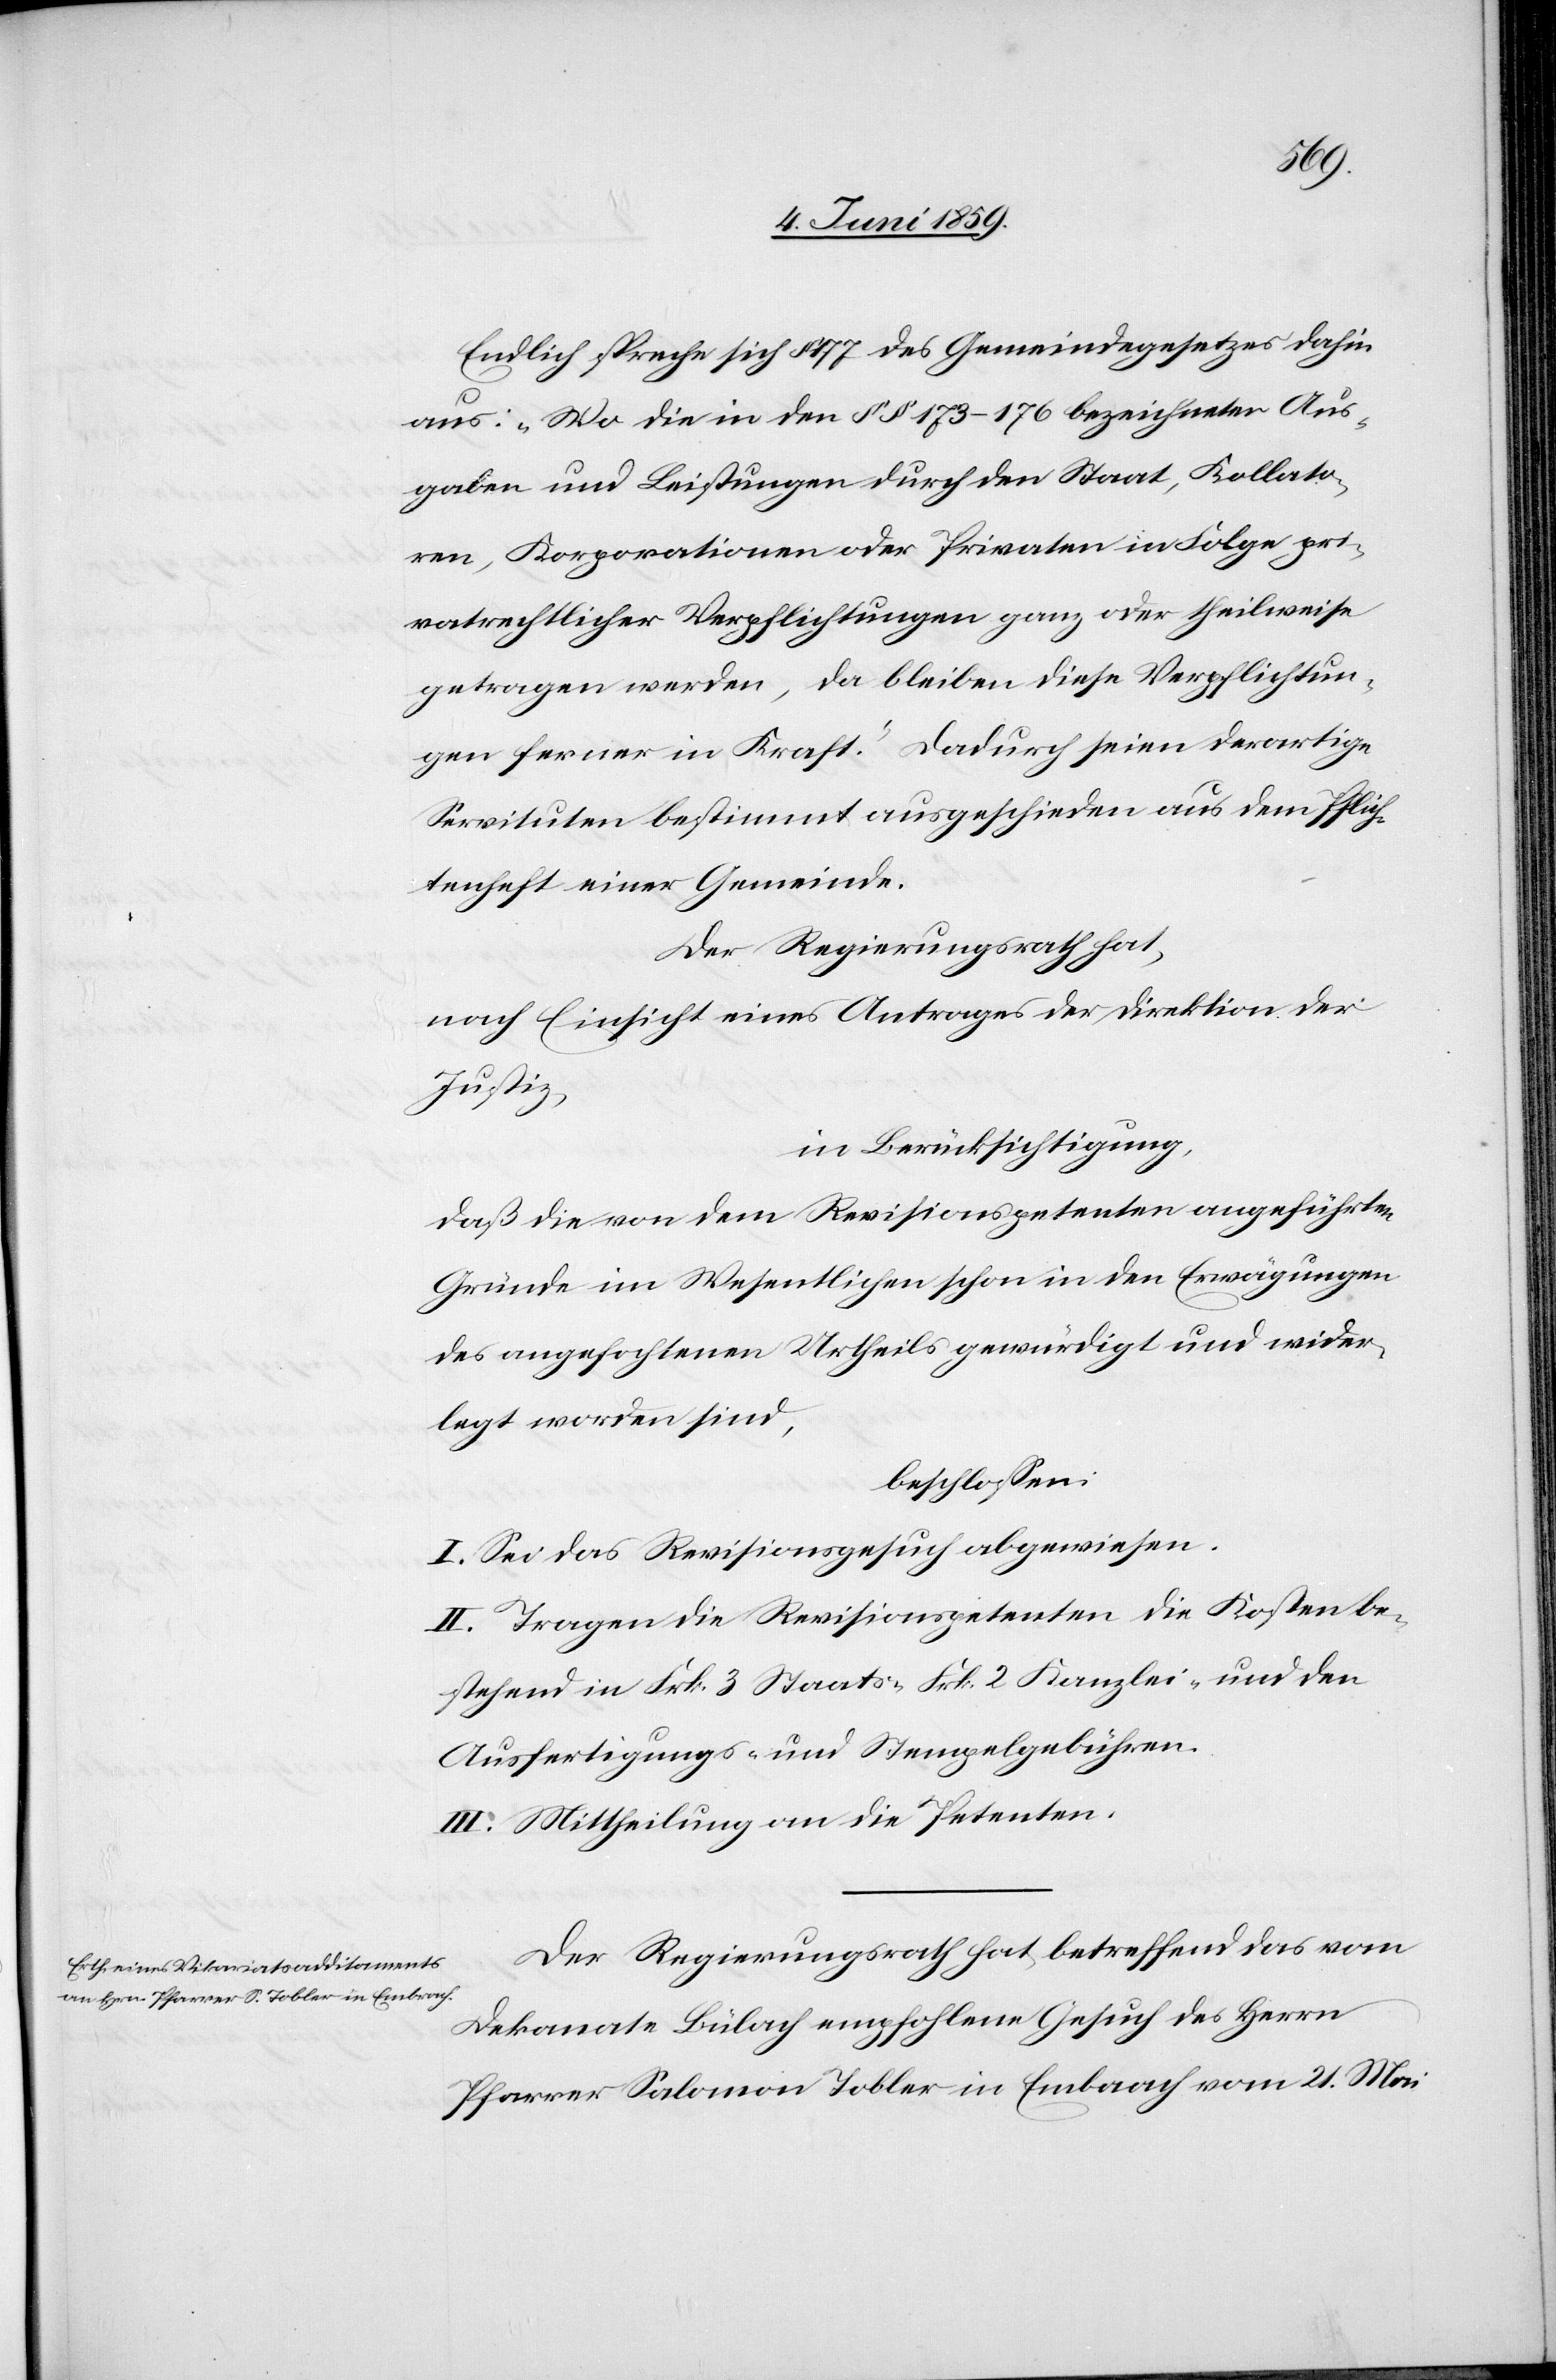
Endlich spreche sich § 177 des Gemeindegesetzes dahin
aus: „ Wo die in den §§ 173–176 bezeichneter Aus¬
gaben und Leistungen durch den Staat, Kollato¬
ren, Korporationen oder Privaten in Folge pri¬
vatrechtlicher Verpflichtungen ganz oder theilweise
getragen werden, da bleiben diese Verpflichtun¬
gen ferner in Kraft.“ Dadurch seien derartige
Servituten bestimmt ausgeschieden aus dem Pflich¬
tenheft einer Gemeinde.
Der Regierungsrath hat,
nach Einsicht eines Antrages der Direktion der
Justiz,
in Berücksichtigung,
daß die von dem Revisionspetenten angeführten
Gründe im Wesentlichen schon in den Erwägungen
des angefochtenen Urtheils gewürdigt und wider¬
legt worden sind,
beschlossen:
I. Sei das Revisionsgesuch abgewiesen.
II. Tragen die Revisionspetenten die Kosten be¬
stehend in Frk. 3 Staats- [,] Frk. 2 Kanzlei- und den
Ausfertigungs- und Stempelgebühren.
III. Mittheilung an die Petenten.
Der Regierungsrath hat, betreffend das vom
Dekanate Bülach empfohlene Gesuch des Herrn
Pfarrer Salomon Tobler in Embrach vom 21. Mai